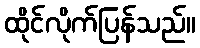
ထိုင်လိုက်ပြန်သည်။